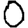
Digit: 0